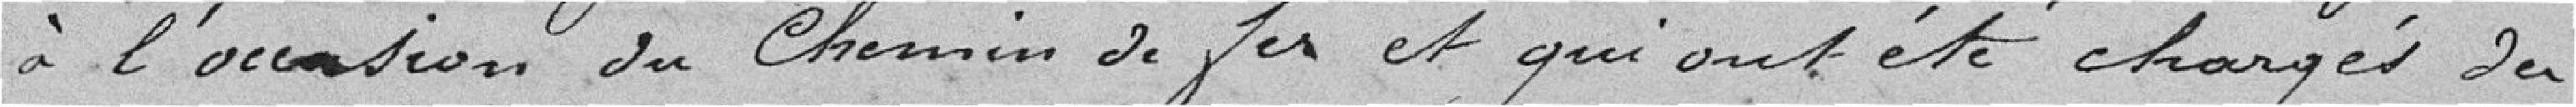
à l'occasion du chemin de fer et qui ont été chargés des